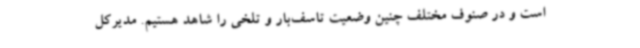
است و در صنوف مختلف چنین وضعیت تاسف‌بار و تلخی را شاهد هستیم. مدیرکل